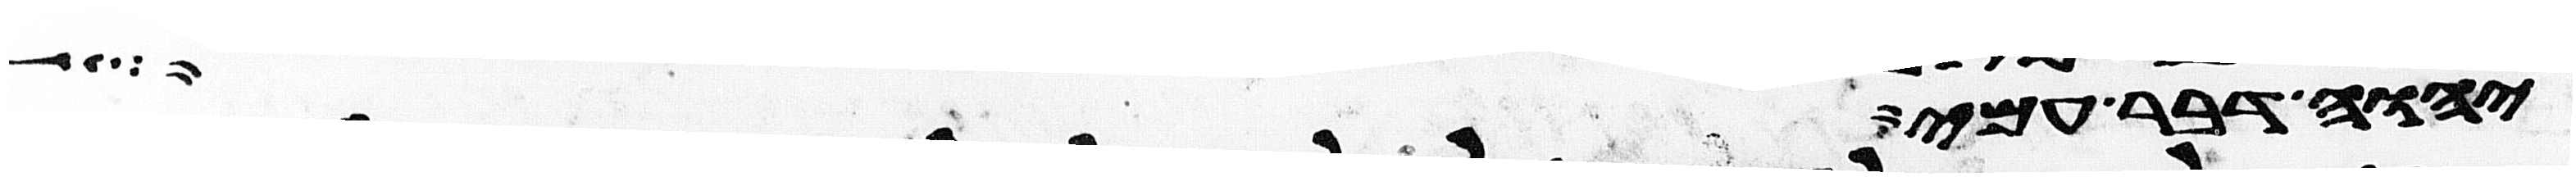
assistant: יהוה דבר עמי